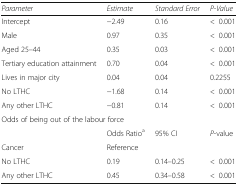
<table><thead><tr><td><b><i>Parameter</i></b></td><td><b><i>Estimate</i></b></td><td><b><i>Standard Error</i></b></td><td><b><i>P-Value</i></b></td></tr></thead><tbody><tr><td>Intercept</td><td>−2.49</td><td>0.16</td><td>&lt;0.001</td></tr><tr><td>Male</td><td>0.97</td><td>0.35</td><td>&lt;0.001</td></tr><tr><td>Aged 25–44</td><td>0.35</td><td>0.03</td><td>&lt;0.001</td></tr><tr><td>Tertiary education attainment</td><td>0.70</td><td>0.04</td><td>&lt;0.001</td></tr><tr><td>Lives in major city</td><td>0.04</td><td>0.04</td><td>0.2255</td></tr><tr><td>No LTHC</td><td>−1.68</td><td>0.14</td><td>&lt;0.001</td></tr><tr><td>Any other LTHC</td><td>−0.81</td><td>0.14</td><td>&lt;0.001</td></tr><tr><td colspan="4">Odds of being out of the labour force</td></tr><tr><td></td><td>Odds Ratio<sup>a</sup></td><td>95% CI</td><td><i>P</i>-value</td></tr><tr><td>Cancer</td><td colspan="3">Reference</td></tr><tr><td>No LTHC</td><td>0.19</td><td>0.14–0.25</td><td>&lt;0.001</td></tr><tr><td>Any other LTHC</td><td>0.45</td><td>0.34–0.58</td><td>&lt;0.001</td></tr></tbody></table>